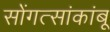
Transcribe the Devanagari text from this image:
सोंगत्सांकांबू